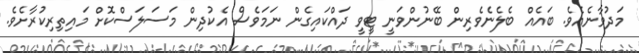
މަދުވާނެއެވެ. ބައެއް ބެލެނެވެރިން ބޭނުންވަނީ ޓީވީ ދައްކައިގެން ނަމަވެސް އެކުދިން މަސަލަސްކޮށް މައިތިރިކުރާށެވެ.